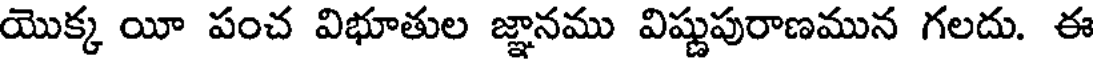
యొక్క యీ పంచ విభూతుల జ్ఞానము విష్ణుపురాణమున గలదు. ఈ